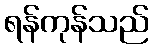
ရန်ကုန်သည်